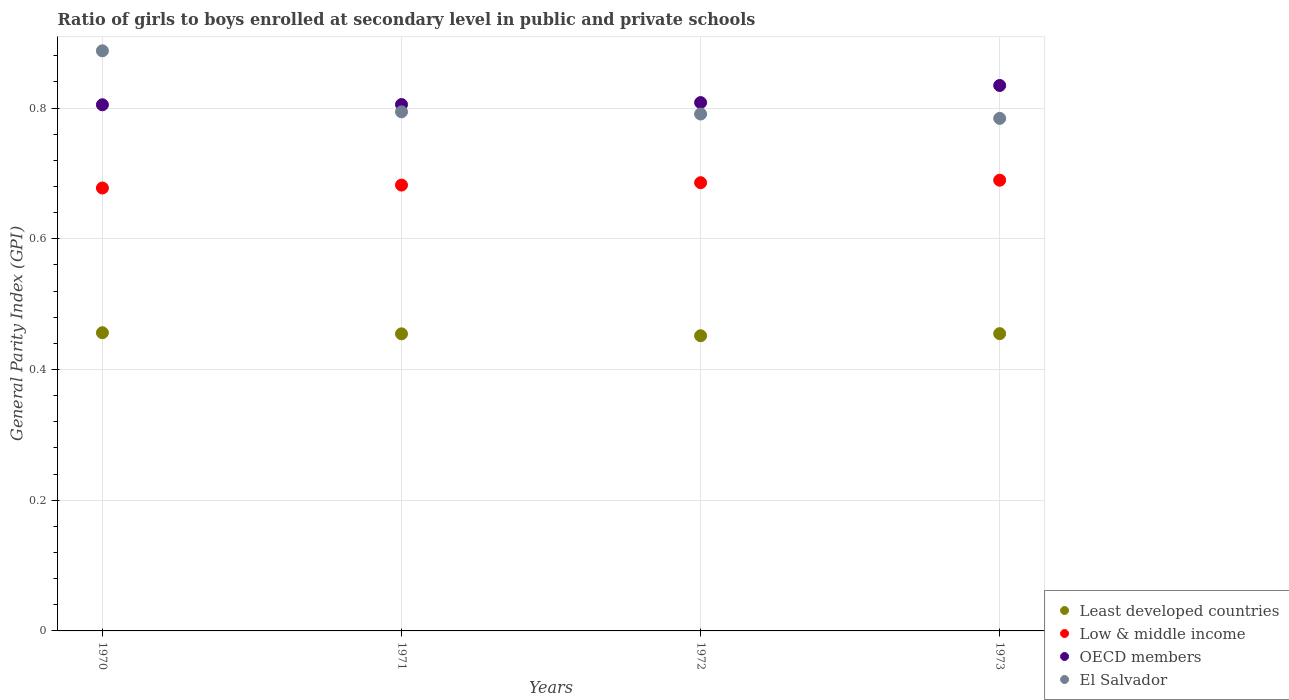
| Years | Least developed countries | Low & middle income | OECD members | El Salvador |
 | --- | --- | --- | --- | --- |
 | 1970 | 0.456 | 0.678 | 0.805 | 0.888 |
 | 1971 | 0.455 | 0.682 | 0.805 | 0.794 |
 | 1972 | 0.452 | 0.686 | 0.808 | 0.791 |
 | 1973 | 0.455 | 0.69 | 0.835 | 0.784 |